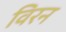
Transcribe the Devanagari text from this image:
विरन